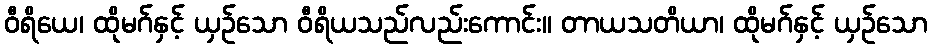
ဝီရိယေ၊ ထိုမဂ်နှင့် ယှဉ်သော ဝီရိယသည်လည်းကောင်း။ တာယသတိယာ၊ ထိုမဂ်နှင့် ယှဉ်သော